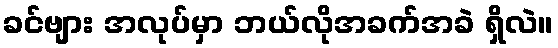
ခင်ဗျား အလုပ်မှာ ဘယ်လိုအခက်အခဲ ရှိလဲ။